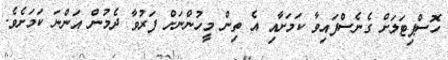
ހޮސްޕިޓަލަށް ގެނެސްފައިވާ ކަމަށާއި އެ ތިން މީހުންނަށް ފަރުވާ ދެމުން އަންނަ ކަމަށެވެ.